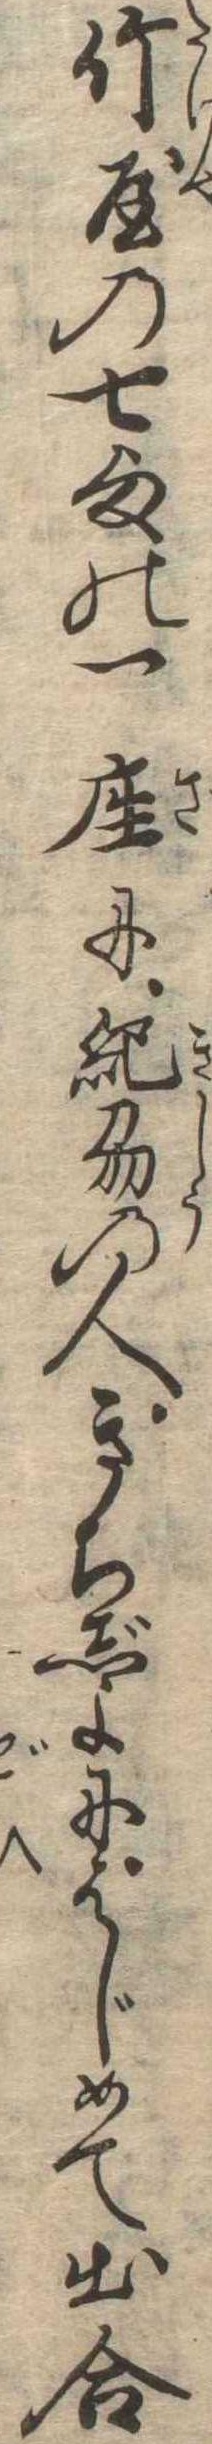
竹屋の七様の一座に紀刕の人きちじよにはじめて出合